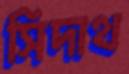
সিদাথ